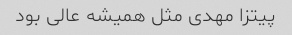
پیتزا مهدی مثل همیشه عالی بود